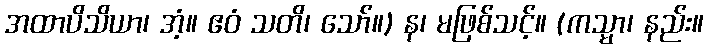
အထာပိသိယာ၊ အံ့။ ဧဝံ သတိ၊ သော်။) န၊ မဖြစ်သင့်။ (ကသ္မာ၊ နည်း။